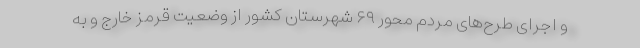
و اجرای طرح‌های مردم محور ۶۹ شهرستان کشور از وضعیت قرمز خارج و به